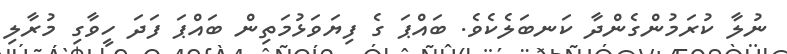
ނުލާ ކުރަމުންގެންދާ ކަނބަލެކެވެ. ބައްޕަ ގެ ފިޔަވަޅުމަތިން ބައްޕަ ފަދަ ހީވާގި މުރާލި